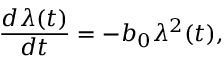
{ \frac { d \lambda ( t ) } { d t } } = - b _ { 0 } \lambda ^ { 2 } ( t ) ,